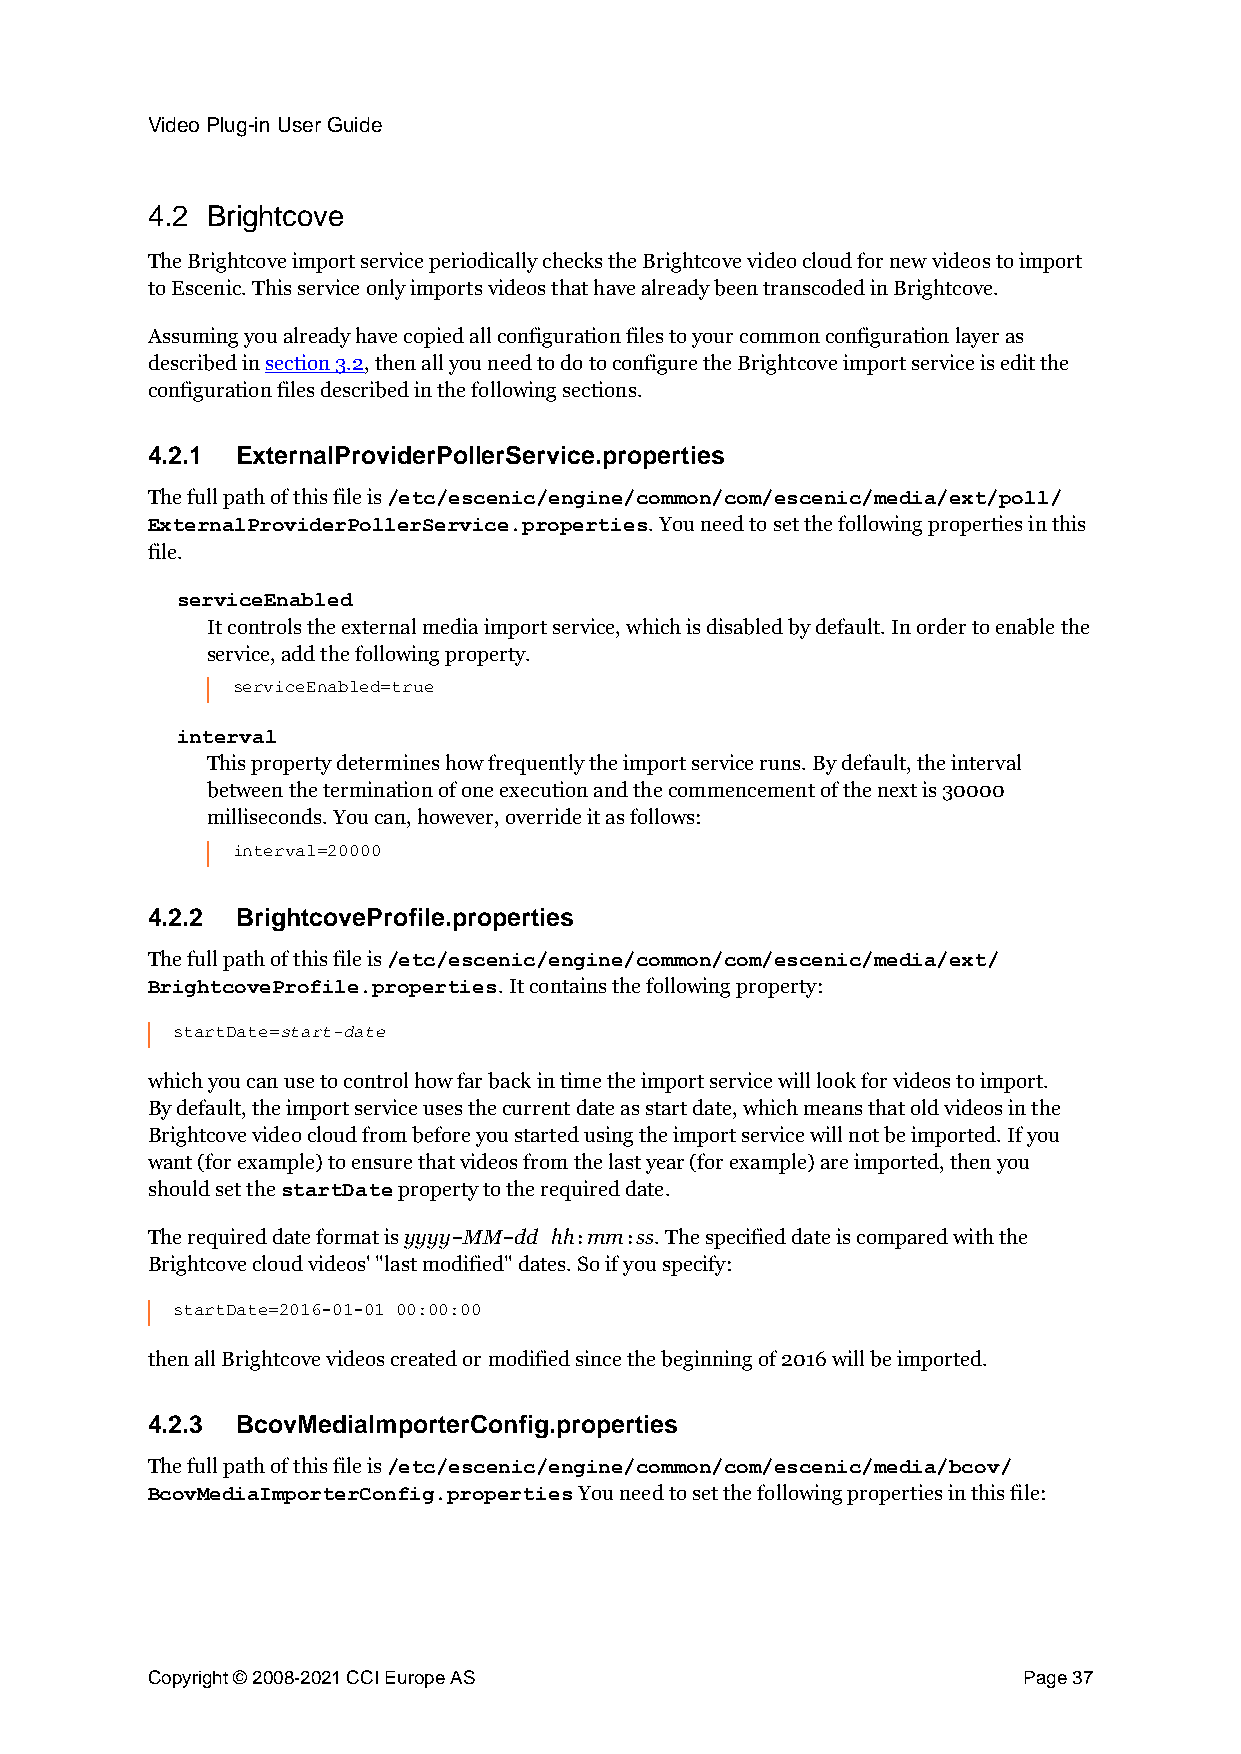
Video Plug-in User Guide
 4.2 Brightcove
 The Brightcove import service periodically checks the Brightcove video cloud for new videos to import
 to Escenic. This service only imports videos that have already been transcoded in Brightcove.
 Assuming you already have copied all configuration files to your common configuration layer as
 described in section 3.2, then all you need to do to configure the Brightcove import service is edit the
 configuration files described in the following sections.
 4.2.1 ExternalProviderPollerService.properties
 The full path of this file is
 /etc/escenic/engine/common/com/escenic/media/ext/poll/
 . You need to set the following properties in this
 ExternalProviderPollerService.properties
 file.
 serviceEnabled
 It controls the external media import service, which is disabled by default. In order to enable the
 service, add the following property.
 serviceEnabled=true
 interval
 This property determines how frequently the import service runs. By default, the interval
 between the termination of one execution and the commencement of the next is 30000
 milliseconds. You can, however, override it as follows:
 interval=20000
 4.2.2 BrightcoveProfile.properties
 The full path of this file is
 /etc/escenic/engine/common/com/escenic/media/ext/
 . It contains the following property:
 BrightcoveProfile.properties
 start-date
 startDate=
 which you can use to control how far back in time the import service will look for videos to import.
 By default, the import service uses the current date as start date, which means that old videos in the
 Brightcove video cloud from before you started using the import service will not be imported. If you
 want (for example) to ensure that videos from the last year (for example) are imported, then you
 should set the  property to the required date.
 startDate
 The required date format is yyyy MM dd hh mm ss. The specified date is compared with the
 -  -    :  :
 Brightcove cloud videos' "last modified" dates. So if you specify:
 startDate=2016-01-01 00:00:00
 then all Brightcove videos created or modified since the beginning of 2016 will be imported.
 4.2.3 BcovMediaImporterConfig.properties
 The full path of this file is
 /etc/escenic/engine/common/com/escenic/media/bcov/
 You need to set the following properties in this file:
 BcovMediaImporterConfig.properties
 Copyright © 2008-2021 CCI Europe AS                       Page 37